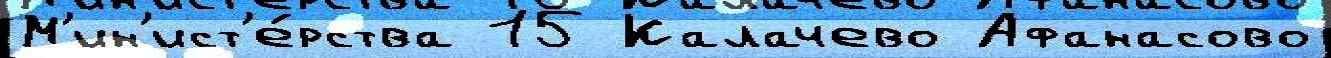
М'ин'ист'е́рства 15 Калачево Афанасово